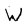
Character: W